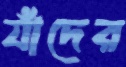
যাঁদের